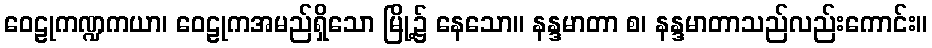
ဝေဠုကဏ္ဍကယာ၊ ဝေဠုကအမည်ရှိသော မြို့၌ နေသော။ နန္ဒမာတာ စ၊ နန္ဒမာတာသည်လည်းကောင်း။